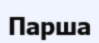
Парша